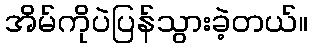
အိမ်ကိုပဲပြန်သွားခဲ့တယ်။